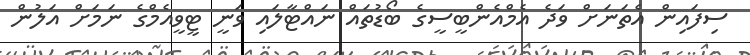
ސިފައިން އެތަނަށް ވަދެ އެމްއެންބީސީގެ ބޯޑުތައް ނައްޓާލައި ވަނީ ޓީވީއެމްގެ ނަމަށް އަލުން